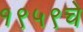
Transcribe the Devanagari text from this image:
१९५९चे